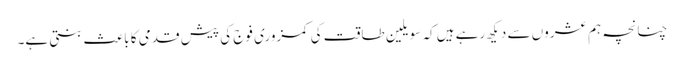
چنانچہ ہم عشروں سے دیکھ رہے ہیں کہ سویلین طاقت کی کمزوری فوج کی پیش قدمی کا باعث بنتی ہے۔